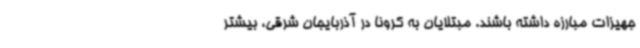
جهیزات مبارزه داشته باشند. مبتلایان به کرونا در آذربایجان شرقی، بیشتر